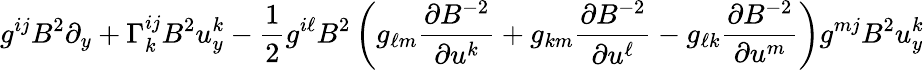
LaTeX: g^{ij}B^{2}{\partial}_{y}+\Gamma_{k}^{ij}B^{2}u_{y}^{k}-\frac 12g^{i\ell}B^{2}\left(g_{\ell m}\frac{{\partial}B^{-2}}{{\partial}u^{k}}+g_{km}\frac{{\partial}B^{-2}}{{\partial}u^{\ell}}-g_{\ell k}\frac{{\partial}B^{-2}}{{\partial}u^{m}}\right)g^{mj}B^{2}u_{y}^{k}